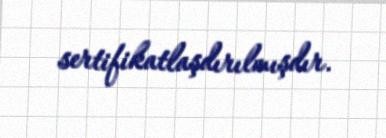
sertifikatlaşdırılmışdır.